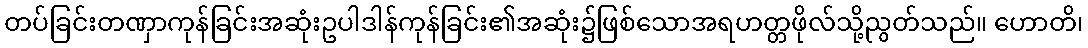
တပ်ခြင်းတဏှာကုန်ခြင်းအဆုံးဥပါဒါန်ကုန်ခြင်း၏အဆုံး၌ဖြစ်သောအရဟတ္တဖိုလ်သို့ညွတ်သည်။ ဟောတိ၊